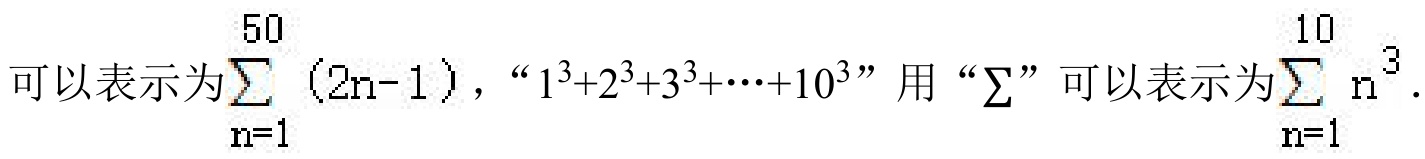
可以表示为\(\sum_{n = 1}^{50}(2n - 1)\)，“\(1^{3}+2^{3}+3^{3}+\cdots+10^{3}\)”用“\(\sum\)”可以表示为\(\sum_{n = 1}^{10}n^{3}\).